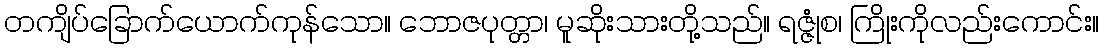
တကျိပ်ခြောက်ယောက်ကုန်သော။ ဘောဇပုတ္တာ၊ မူဆိုးသားတို့သည်။ ရဇ္ဇုံစ၊ ကြိုးကိုလည်းကောင်း။